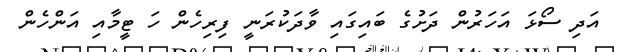
އަދި ސޯޅަ އަހަރުން ދަށުގެ ބައިގައި ވާދަކުރަނީ ފިރިހެން ހަ ޓީމާއި އަންހެން